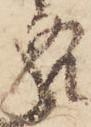
各